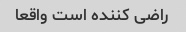
راضی کننده است واقعا